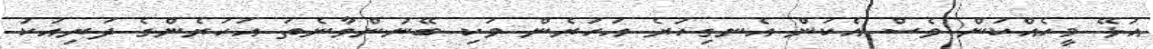
އުޅޭ މީހެއްކަން ވެސް އެކަން އެނގިހުރެ އަހަރެން ވަކި ބޭނުންވާނެތަ އަހަރެންގެ ދަރިއަކު